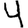
Digit: 4